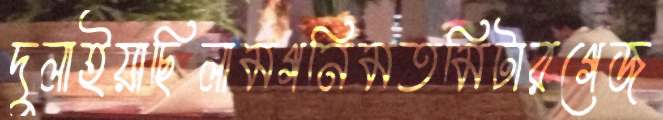
দুলাইয়াছিলামগনিমতমিটারগেজ